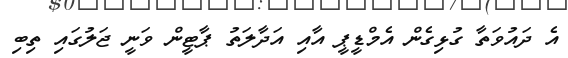
އެ ދައުވަތާ ގުޅިގެން އެމްޑީޕީ އާއި އަދާލަތު ޕާޓީން ވަނީ ޖަލުގައި ތިބި